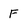
Character: F